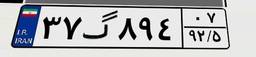
۳۷گ۸۹۴۰۷